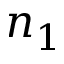
n _ { 1 }